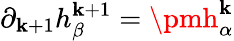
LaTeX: \partial_{\mathbf{k}+1}h_{\beta}^{\mathbf{k}+1}=\pmh_{\alpha}^{\mathbf{k}}